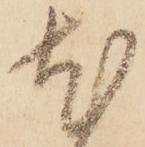
尤